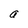
Character: a